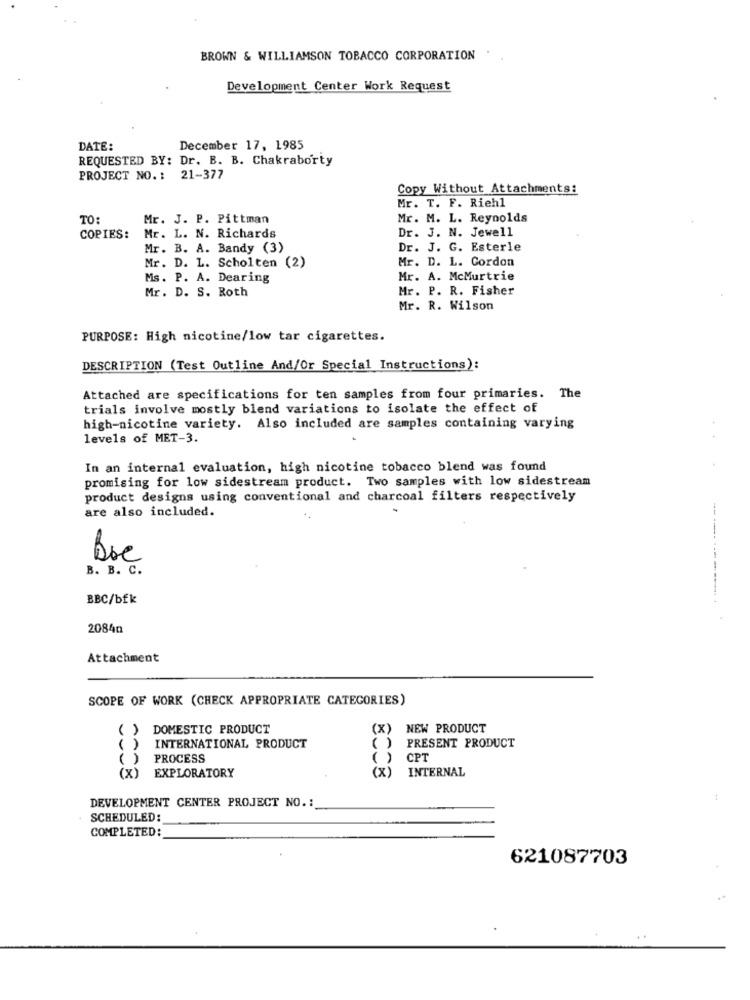
BROWN & WILLIAMSON TOBACCO CORPORATION
Development Center Work Request
DATE:
December 17, 1985
REQUESTED BY: Dr. B. B. Chakraborty
PROJECT NO .: 21-377
Copy Without Attachments:
Mr. T. F. Riehl
TO:
Mr. J. P. Pittman
Mr. M. L. Reynolds
Dr. J. N. Jewell
COPIES:
Mr. L. N. Richards
Mr. B. A. Bandy (3)
Dr. J. G. Esterle
Mr. D. L. Gordon
Mr. D. L. Scholten (2)
Ms. P. A. Dearing
Mr. A. McMurtrie
Mr. D. S. Roth
Mr. P. R. Fisher
Mr. R. Wilson
PURPOSE: High nicotine/low tar cigarettes.
DESCRIPTION (Test Outline And/Or Special Instructions):
Attached are specifications for ten samples from four primaries. The
trials involve mostly blend variations to isolate the effect of
high-nicotine variety. Also included are samples containing varying
levels of MET-3.
In an internal evaluation, high nicotine tobacco blend was found
promising for low sidestream product. Two samples with low sidestream
product designs using conventional and charcoal filters respectively
are also included.
Boc
B. B. C.
BBC/bfk
20840
Attachment
SCOPE OF WORK (CHECK APPROPRIATE CATEGORIES)
( )
DOMESTIC PRODUCT
[x)
NEW PRODUCT
PRESENT PRODUCT
( )
INTERNATIONAL PRODUCT
()
()
PROCESS
()
CPT
(X) EXPLORATORY
INTERNAL
(x)
DEVELOPMENT CENTER PROJECT NO .:
:
SCHEDULED:
COMPLETED:
621087703